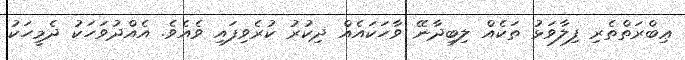
ޢިބްރަތްތެރި ފިލާވަޅު ތަކެއް ލިބިދާނޭ ވާހަކައެއް ޛިކުރު ކުރެވިފައި ވެއެވެ. އެއްދުވަހަކު ދެމީހަކު